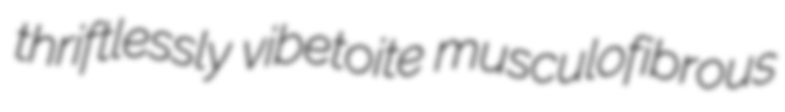
thriftlessly vibetoite musculofibrous